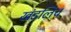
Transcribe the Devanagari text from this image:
खंडलिच